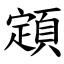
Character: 顁